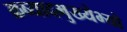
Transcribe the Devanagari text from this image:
क्रव्यादमुख्येभ्यो